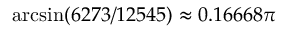
\arcsin ( 6 2 7 3 / 1 2 5 4 5 ) \approx 0 . 1 6 6 6 8 \pi